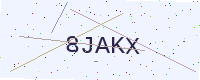
Text: 8JAKX